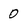
Character: 0